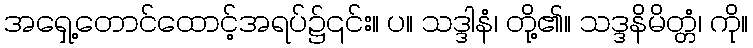
အရှေ့တောင်ထောင့်အရပ်၌၎င်း။ ပ။ သဒ္ဒါနံ၊ တို့၏။ သဒ္ဒနိမိတ္တံ၊ ကို။